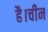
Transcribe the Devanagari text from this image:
है।चीन